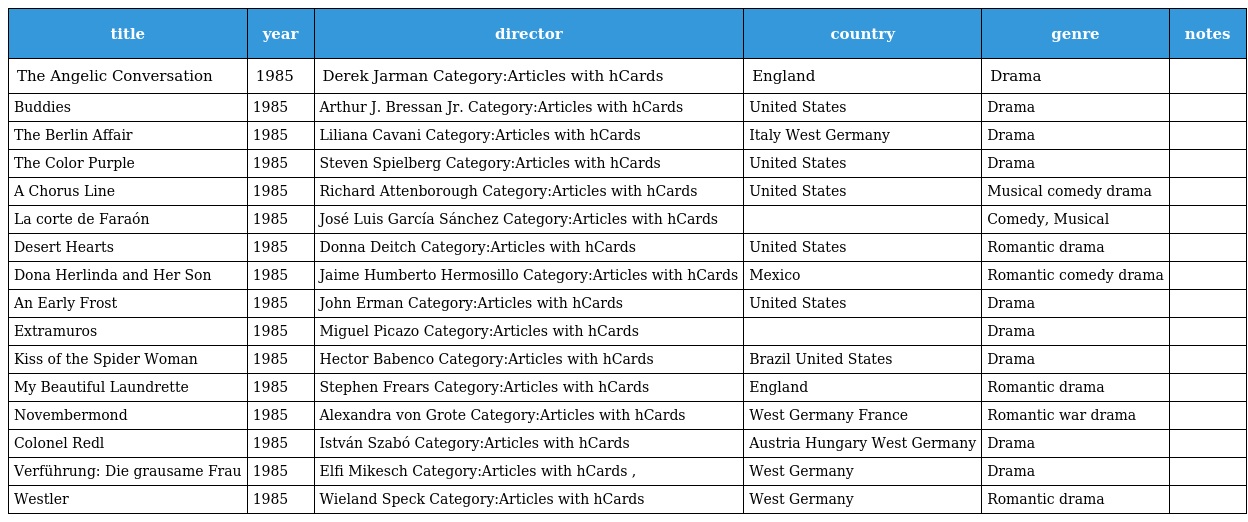
| title | year | director | country | genre | notes |
 | --- | --- | --- | --- | --- | --- |
 | The Angelic Conversation | 1985 | Derek Jarman Category:Articles with hCards | England | Drama |  |
 | Buddies | 1985 | Arthur J. Bressan Jr. Category:Articles with hCards | United States | Drama |  |
 | The Berlin Affair | 1985 | Liliana Cavani Category:Articles with hCards | Italy West Germany | Drama |  |
 | The Color Purple | 1985 | Steven Spielberg Category:Articles with hCards | United States | Drama |  |
 | A Chorus Line | 1985 | Richard Attenborough Category:Articles with hCards | United States | Musical comedy drama |  |
 | La corte de Faraón | 1985 | José Luis García Sánchez Category:Articles with hCards |  | Comedy, Musical |  |
 | Desert Hearts | 1985 | Donna Deitch Category:Articles with hCards | United States | Romantic drama |  |
 | Dona Herlinda and Her Son | 1985 | Jaime Humberto Hermosillo Category:Articles with hCards | Mexico | Romantic comedy drama |  |
 | An Early Frost | 1985 | John Erman Category:Articles with hCards | United States | Drama |  |
 | Extramuros | 1985 | Miguel Picazo Category:Articles with hCards |  | Drama |  |
 | Kiss of the Spider Woman | 1985 | Hector Babenco Category:Articles with hCards | Brazil United States | Drama |  |
 | My Beautiful Laundrette | 1985 | Stephen Frears Category:Articles with hCards | England | Romantic drama |  |
 | Novembermond | 1985 | Alexandra von Grote Category:Articles with hCards | West Germany France | Romantic war drama |  |
 | Colonel Redl | 1985 | István Szabó Category:Articles with hCards | Austria Hungary West Germany | Drama |  |
 | Verführung: Die grausame Frau | 1985 | Elfi Mikesch Category:Articles with hCards , | West Germany | Drama |  |
 | Westler | 1985 | Wieland Speck Category:Articles with hCards | West Germany | Romantic drama |  |